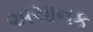
અચાનક